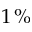
1 \, \%